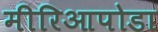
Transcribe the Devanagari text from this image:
मीरिआपोडा